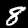
Digit: 8